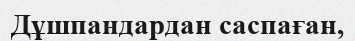
Дұшпандардан саспаған,